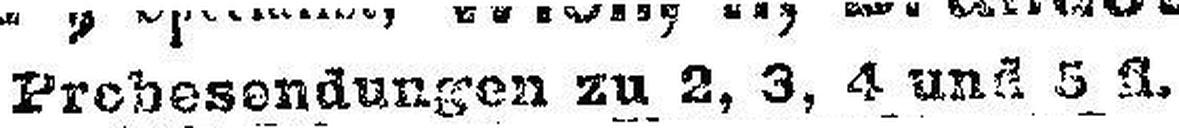
Prehesendungen zu 2, 3, 4 und 5 Z.